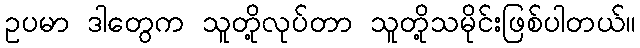
ဥပမာ ဒါတွေက သူတို့လုပ်တာ သူတို့သမိုင်းဖြစ်ပါတယ်။